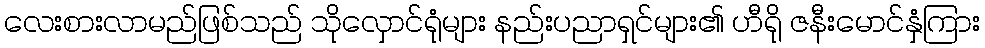
လေးစားလာမည်ဖြစ်သည် သိုလှောင်ရုံများ နည်းပညာရှင်များ၏ ဟီရို ဇနီးမောင်နှံကြား